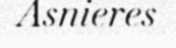
Asnieres